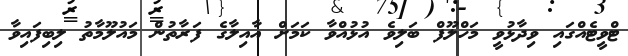
ޓްވީޓެއްގައި ވިދާޅުވީ މަހްލޫފް ބަލިވެ އުޅުއްވާ ކަމަށް އާއިލާގެ ފަރާތުން މައުލޫމާތު ލިބިފައިވާ